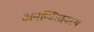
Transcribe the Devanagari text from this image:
अनन्वितावस्थ